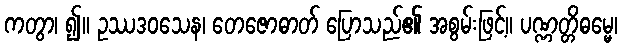
ကတွာ၊ ၍။ ဥဿဒဝသေန၊ တေဇောဓာတ် ပြောသည်၏ အစွမ်းဖြင့်။ ပဏ္ဏတ္တိဓမ္မေ၊